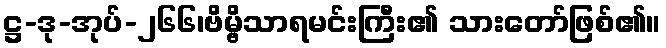
ဋ္ဌ-ဒု-အုပ်-၂၆၆၊ဗိမ္ဗိသာရမင်းကြီး၏ သားတော်ဖြစ်၏။